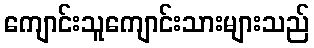
ကျောင်းသူကျောင်းသားများသည်